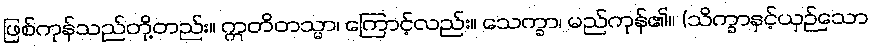
ဖြစ်ကုန်သည်တို့တည်း။ ဣတိတသ္မာ၊ ကြောင့်လည်း။ သေက္ခာ၊ မည်ကုန်၏။ (သိက္ခာနှင့်ယှဉ်သော